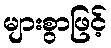
များစွာဖြင့်